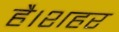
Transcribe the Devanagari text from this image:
है।शहर